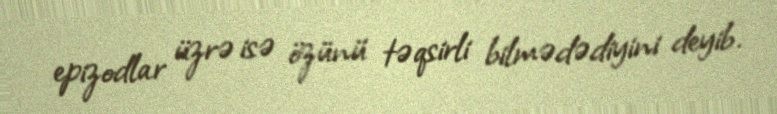
epizodlar üzrə isə özünü təqsirli bilmədədiyini deyib.